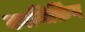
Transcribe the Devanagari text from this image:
कानिफ़िंग